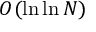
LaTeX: O ( \ln \ln N )